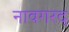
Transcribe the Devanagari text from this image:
नावगरद